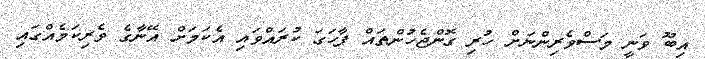
އިބޫ ވަނީ މަސްވެރިންނަށް ހުރި ގޮންޖެހުންތައް ފާހަގަ ކުރައްވައި އެކަމަށް އޭނާގެ ވެރިކަމެއްގައި